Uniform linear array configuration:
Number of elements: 4
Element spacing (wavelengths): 0.25
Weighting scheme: cosine
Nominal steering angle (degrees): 60
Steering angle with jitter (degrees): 60.126
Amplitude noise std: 0.05
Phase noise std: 0.05

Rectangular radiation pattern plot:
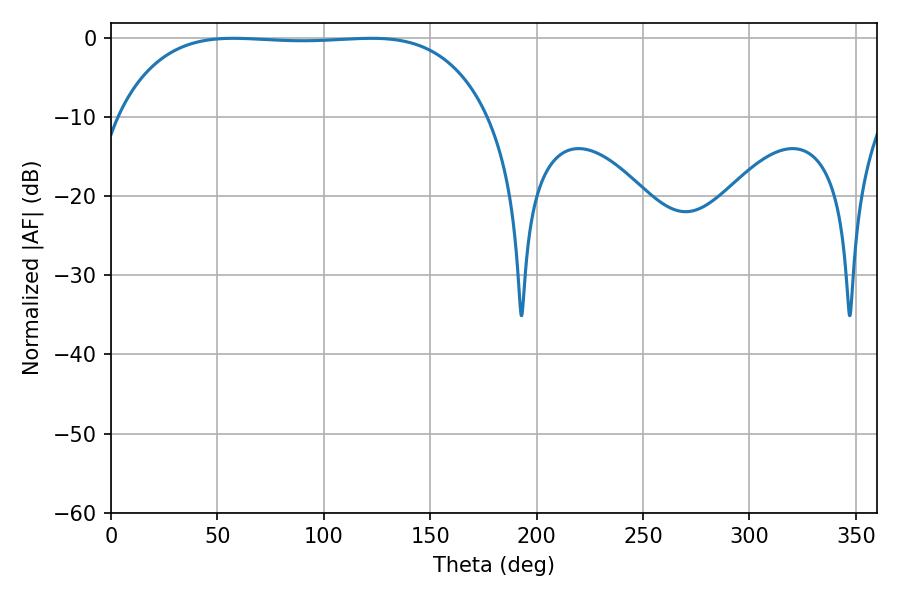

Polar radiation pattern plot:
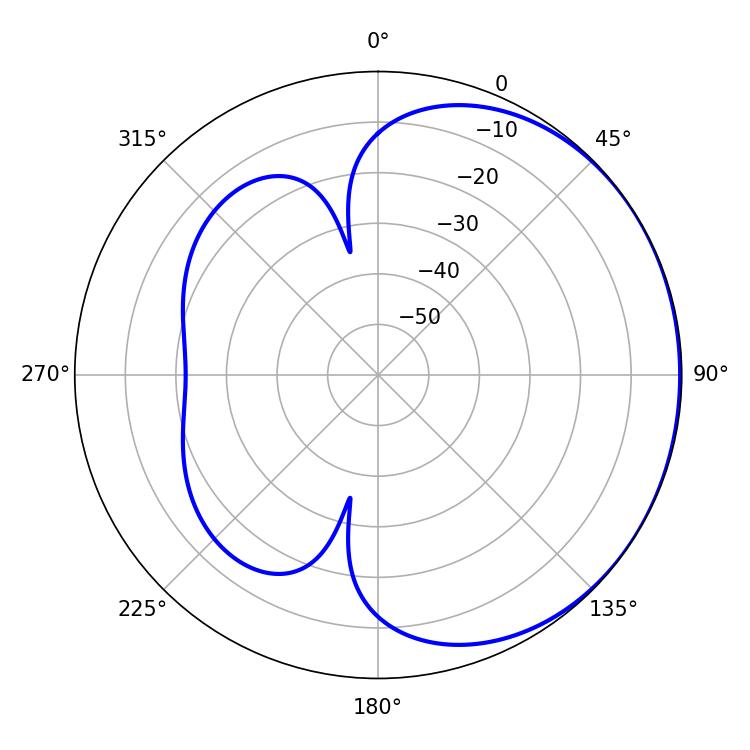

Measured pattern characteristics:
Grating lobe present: FALSE
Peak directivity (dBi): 0.6518
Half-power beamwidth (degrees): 136.44
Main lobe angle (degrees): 57.6